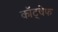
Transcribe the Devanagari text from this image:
कॉट्चेफ